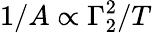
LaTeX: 1/A\propto{\Gamma_{2}^{2}}/{T}